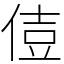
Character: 𠊪